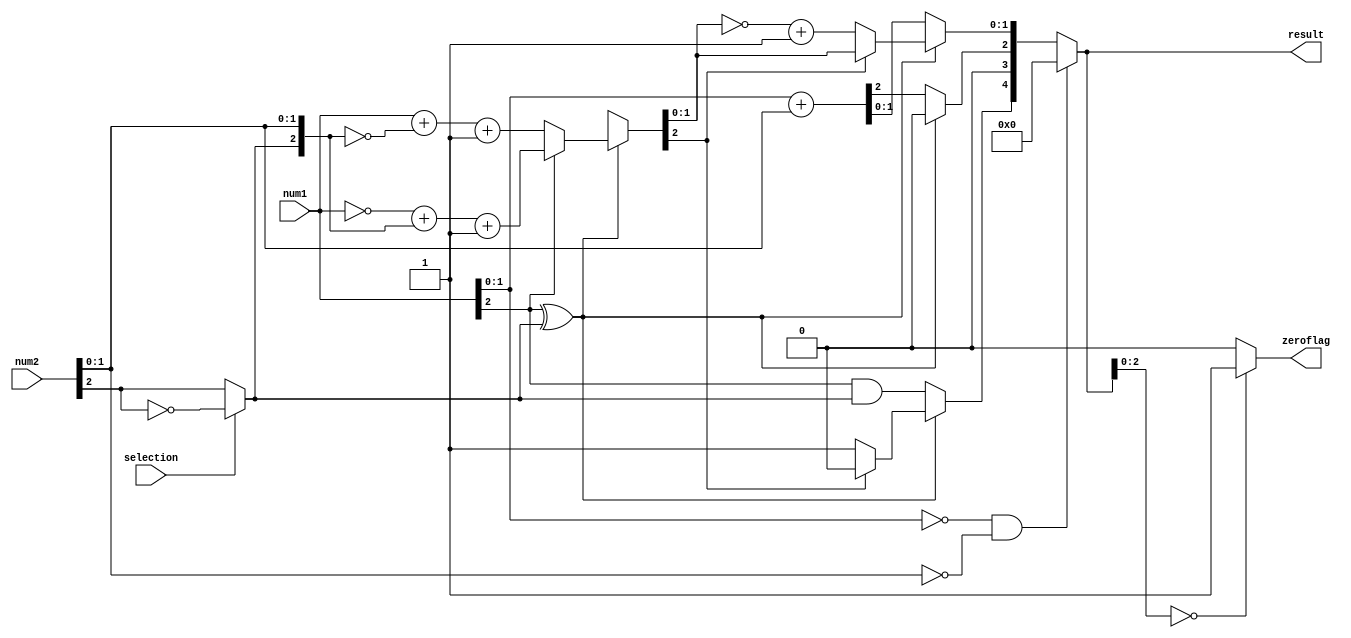
module add_sub (
    input [2:0] num1,
    input [2:0] num2,
    input selection,
    output reg [4:0] result,
    output reg zeroflag
);
reg [2:0]num;
always @(*) begin
    result[4:0] = 5'b00000;
    num[1:0] = num2[1:0];
    if(selection) begin
        num[2] = !num2[2];
    end
    else begin
        num[2] = num2[2];
    end
    if(!(num1[2]^num[2])) begin
        result[2:0]=num1[1:0]+num[1:0];
        result[4]=num1[2]&num[2];
    end
    else begin
        if(num1[2]==1) begin
            result[2:0]=(~(num1[2:0])+num[2:0]+1'b1);
        end
        else begin
            result[2:0]=((num1[2:0]+~(num[2:0])+1'b1));
        end
        
        if(result[2]==1) begin
            result[4]=0;
        end
        else begin
            result[4]=1'b1;
            result[2:0]=~result[2:0]+1'b1;
        end
        result[2]=0;
    end
    if(num1[1:0]==0&&num2[1:0]==0) begin
        result[4:0]=0;
    end
    if(result[2:0]==3'b000) begin
        zeroflag=1;
    end
    else begin
        zeroflag=0;
    end
end
endmodule